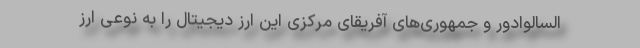
السالوادور و جمهوری‌های آفریقای مرکزی این ارز دیجیتال را به نوعی ارز